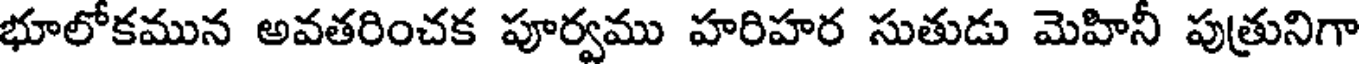
భూలోకమున అవతరించక పూర్వము హరిహర సుతుడు మెహినీ పుత్రునిగా